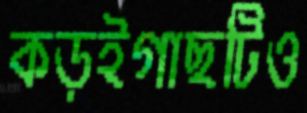
কড়ইগাছটিও